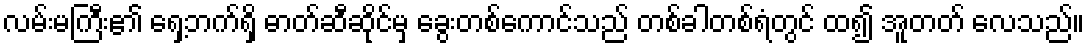
လမ်းမကြီး၏ ရှေ့ဘက်ရှိ ဓာတ်ဆီဆိုင်မှ ခွေးတစ်ကောင်သည် တစ်ခါတစ်ရံတွင် ထ၍ အူတတ် လေသည်။